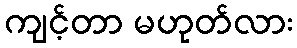
ကျင့်တာ မဟုတ်လား